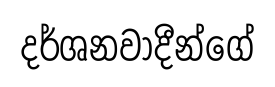
දර්ශනවාදීන්ගේ